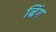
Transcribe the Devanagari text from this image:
न्रिंग